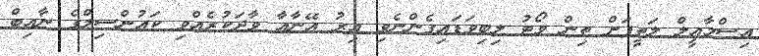
އިސްމާއީލް ލަތީފަށް ތިން ވޯޓު ލިބިވަޑައިގެންނެވި އިރު އޭނާއާ ވާދަކުރެއްވި ކައުންސިލްގެ ނާއިބް